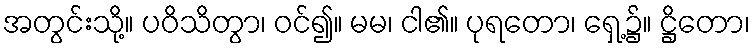
အတွင်းသို့။ ပဝိသိတွာ၊ ဝင်၍။ မမ၊ ငါ၏။ ပုရတော၊ ရှေ့၌။ ဋ္ဌိတော၊